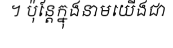
។ ប៉ុន្តែក្នុងនាមយើងជា